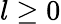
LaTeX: l\geq 0